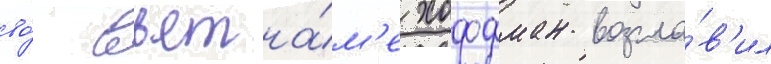
во́ вьетна́м'е хоффман возгла́в'ил